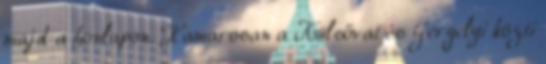
majd a honlapon. Hamarosan a Külsővat és Gergelyi közti